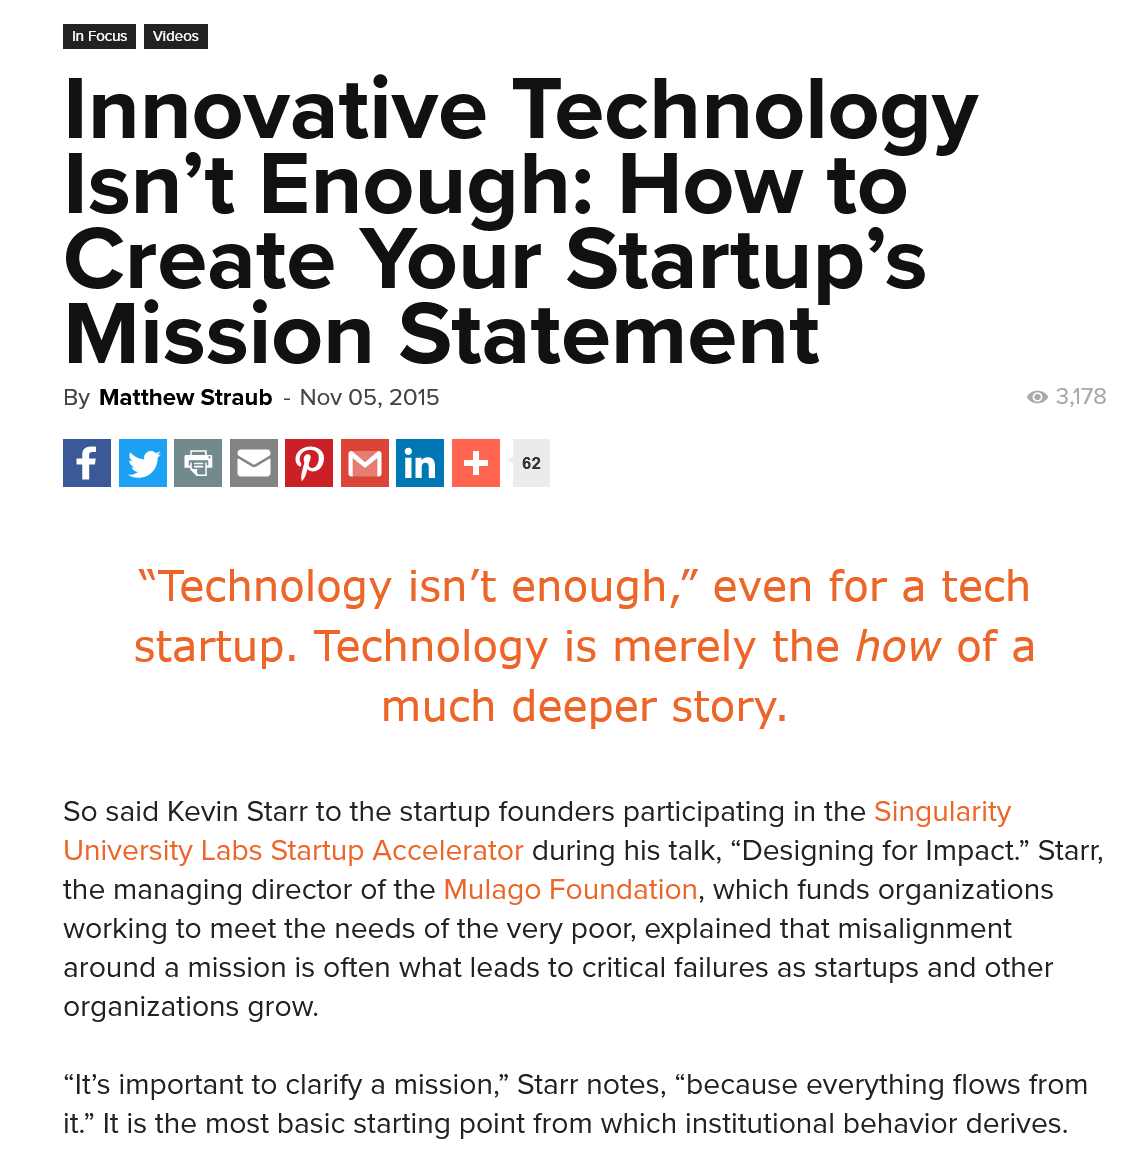
ooo
     So said Kevin Starr to the startup founders participating in the Singularity
     University Labs Startup Accelerator during his talk, “Designing for Impact.” Starr,
     the managing director of the Mulago Foundation, which funds organizations
     working to meet the needs of the very poor, explained that misalignment
     around a mission is often what leads to critical failures as startups and other
     organizations grow.
     “It’s important to clarify a mission,” Starr notes, “because everything flows from
     it.” It is the most basic starting point from which institutional behavior derives.
     “Technology    isn’t   enough,”    even    for  a  tech
     startup.    Technology    is  merely    the   how    of  a
     much    deeper   story.
     Innovative    Technology
     isn’t    Enough:    How    to
     Create    Your    Startup’s
     Mission    Statement